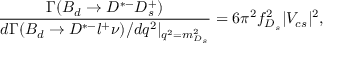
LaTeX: \frac { \mit \Gamma ( B _ { d } \rightarrow D ^ { * - } D _ { s } ^ { + } ) } { d \mit \Gamma ( B _ { d } \rightarrow D ^ { * - } l ^ { + } \nu ) / d q ^ { 2 } | _ { q ^ { 2 } = m _ { D _ { s } } ^ { 2 } } } = 6 \pi ^ { 2 } f _ { D _ { s } } ^ { 2 } | V _ { c s } | ^ { 2 } ,